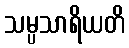
သမ္ပသာရိယတိ